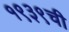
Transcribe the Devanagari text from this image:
१९३९ची